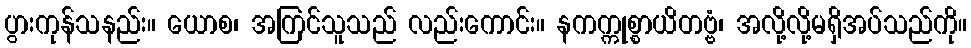
ပွားကုန်သနည်း။ ယောစ၊ အကြင်သူသည် လည်းကောင်း။ နကက္ကုစ္စာယိတဗ္ဗံ၊ အလို့လို့မရှိအပ်သည်ကို။